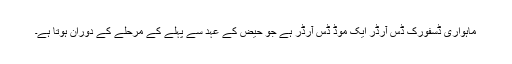
ماہواری ڈسفورک ڈس آرڈر ایک موڈ ڈس آرڈر ہے جو حیض کے عہد سے پہلے کے مرحلے کے دوران ہوتا ہے۔